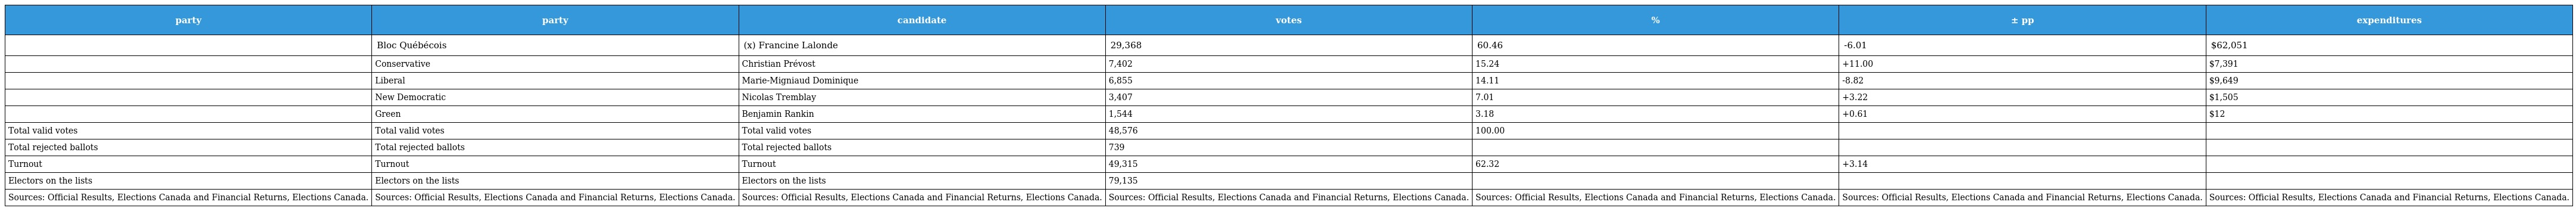
| party | party | candidate | votes | % | ± pp | expenditures |
 | --- | --- | --- | --- | --- | --- | --- |
 |  | Bloc Québécois | (x) Francine Lalonde | 29,368 | 60.46 | -6.01 | $62,051 |
 |  | Conservative | Christian Prévost | 7,402 | 15.24 | +11.00 | $7,391 |
 |  | Liberal | Marie-Migniaud Dominique | 6,855 | 14.11 | -8.82 | $9,649 |
 |  | New Democratic | Nicolas Tremblay | 3,407 | 7.01 | +3.22 | $1,505 |
 |  | Green | Benjamin Rankin | 1,544 | 3.18 | +0.61 | $12 |
 | Total valid votes | Total valid votes | Total valid votes | 48,576 | 100.00 |  |  |
 | Total rejected ballots | Total rejected ballots | Total rejected ballots | 739 |  |  |  |
 | Turnout | Turnout | Turnout | 49,315 | 62.32 | +3.14 |  |
 | Electors on the lists | Electors on the lists | Electors on the lists | 79,135 |  |  |  |
 | Sources: Official Results, Elections Canada and Financial Returns, Elections Canada. | Sources: Official Results, Elections Canada and Financial Returns, Elections Canada. | Sources: Official Results, Elections Canada and Financial Returns, Elections Canada. | Sources: Official Results, Elections Canada and Financial Returns, Elections Canada. | Sources: Official Results, Elections Canada and Financial Returns, Elections Canada. | Sources: Official Results, Elections Canada and Financial Returns, Elections Canada. | Sources: Official Results, Elections Canada and Financial Returns, Elections Canada. |